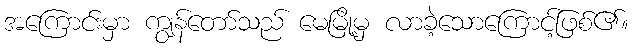
အကြောင်းမှာ ကျွန်တော်သည် မေမြို့မှ လာခဲ့သောကြောင့်ဖြစ်၏။